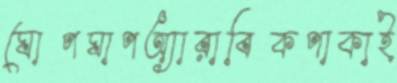
ঘোপঘাপঅ্যারাবিকপাকাই